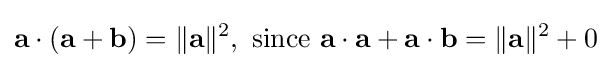
\mathbf {a} \cdot (\mathbf {a} +\mathbf {b} )=\|\mathbf {a} \|^{2},\ {\text{since}}\ \mathbf {a} \cdot \mathbf {a} +\mathbf {a} \cdot \mathbf {b} =\|\mathbf {a} \|^{2}+0